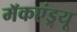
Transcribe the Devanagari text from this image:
मॅकएंड्र्यू